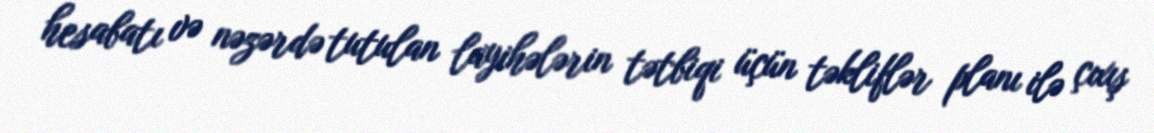
hesabatı və nəzərdə tutulan layihələrin tətbiqi üçün təkliflər planı ilə çıxış